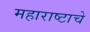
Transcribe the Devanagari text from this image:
महाराष्टाचे